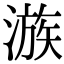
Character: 㵀